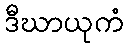
ဒီဃာယုကံ